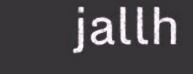
jallh